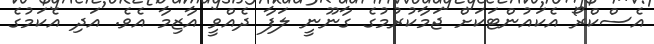
އެސްކްރޯ އެކައުންޓަކަށް ޖަމާކުރުމުގެ ގާނޫނީ ލަފާ ދެއްވީ އާޒިމާ އެވެ. އަދި އެކަމުގެ